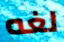
لغه